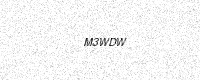
Text: M3WDW